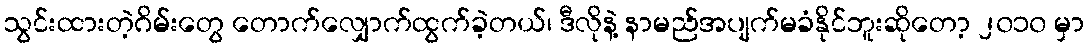
သွင်းထားတဲ့ဂိမ်းတွေ တောက်လျှောက်ထွက်ခဲ့တယ်၊ ဒီလိုနဲ့ နာမည်အပျက်မခံနိုင်ဘူးဆိုတော့ ၂၀၁၀ မှာ